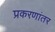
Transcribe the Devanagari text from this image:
प्रकरणांतर